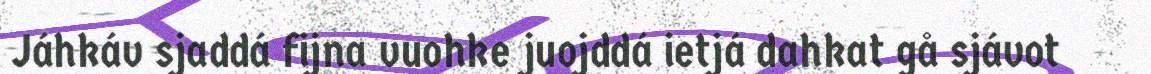
Jáhkáv sjaddá fijna vuohke juojddá ietjá dahkat gå sjávot